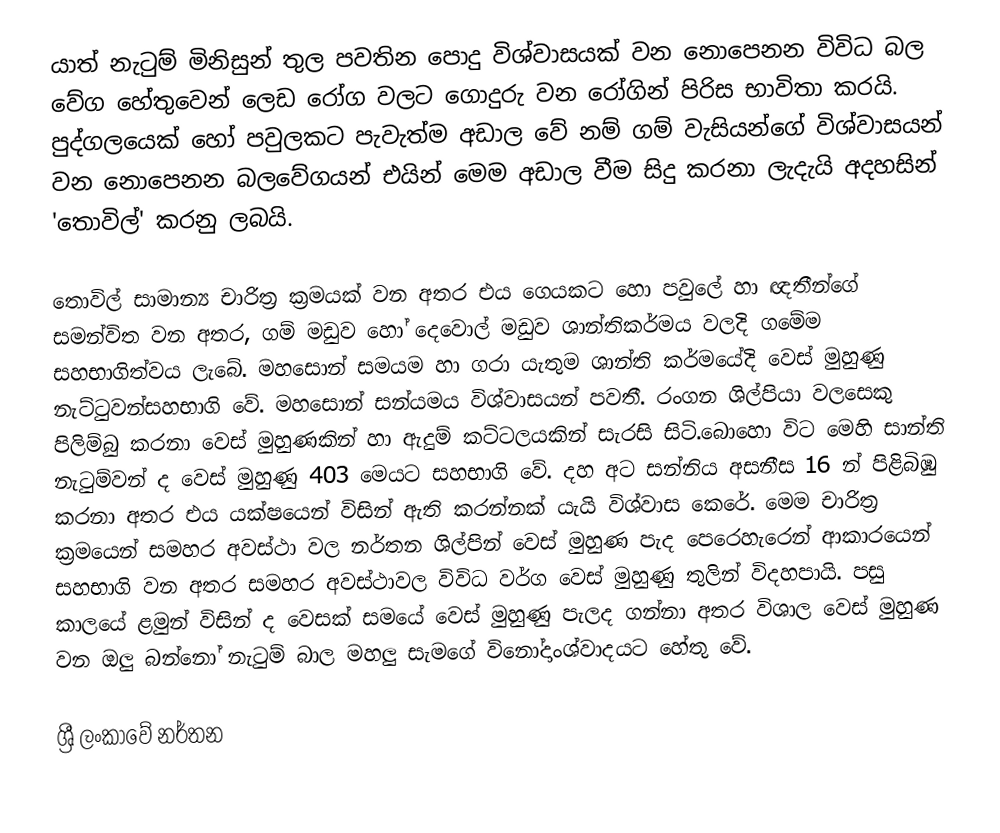
යාත් නැටුම් මිනිසුන් තුල පවතින පොදු විශ්වාසයක් වන නොපෙනන විවිධ බල වේග හේතුවෙන් ලෙඩ රෝග වලට ගොදුරු වන රෝගින් පිරිස භාවිතා කරයි. පුද්ගලයෙක් හෝ පවුලකට පැවැත්ම අඩාල වේ නම් ගම් වැසියන්ගේ විශ්වාසයන් වන නොපෙනන බලවේගයන් එයින් මෙම අඩාල වීම සිදු කරනා ලැදැයි අදහසින් 'තොවිල්' කරනු ලබයි.

තොවිල් සාමාන්‍ය චාරිත්‍ර ක්‍රමයක් වන අතර එය ගෙයකට හො පවුලේ හා ඥතීන්ගේ සමන්විත වන අතර, ගම් මඩුව හෝ දෙවොල් මඩුව ශාන්තිකර්මය වලදි ගමේම සහභාගිත්වය ලැබේ. මහසොන් සමයම හා ගරා යැතුම ශාන්ති කර්මයේදි වෙස් මුහුණු නැට්ටුවන්සහභාගි වේ. මහසොන් සන්යමය විශ්වාසයන් පවතී. රංගන ශිල්පියා වලසෙකු  පිලිම්බු කරනා වෙස් මුහුණකින් හා ඇදුම් කට්ටලයකින් සැරසි සිටි.බොහො විට මෙහි සාන්ති නැටුම්වන් ද වෙස් මුහුණු 403 මෙයට සහභාගි වේ. දහ අට සන්නිය අසනීස 16 න් පිළිබිඹු කරනා අතර එය යක්ෂයෙන් විසින් ඇති කරන්නක් යැයි විශ්වාස කෙරේ. මෙම චාරිත්‍ර‍ ක්‍රමයෙන් සමහර අවස්ථා වල නර්තන ශිල්පින් වෙස් මුහුණ පැද පෙරෙහැරෙන් ආකාරයෙන් සහභාගි වන අතර සමහර අවස්ථාවල විවිධ වර්ග වෙස් මුහුණු තුලින් විදහපායි. පසු කාලයේ ළමුන් විසින් ද වෙසක් සමයේ වෙස් මුහුණු පැලද ගන්නා අතර විශාල වෙස් මුහුණ වන ඔලු බන්නෝ නැටුම් බාල මහලු සැමගේ විනෝදාංශ්වාදයට හේතු වේ.

ශ්‍රී ලංකාවේ නර්තන